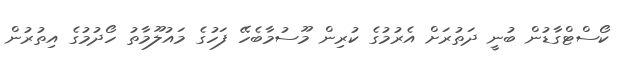
ކޯސްޓްގާޑުން ބުނީ ދަތުރަށް އެރުމުގެ ކުރިން މޫސުމާބެހޭ ފަހުގެ މައުލޫމާތު ހޯދުމުގެ އިތުރުން